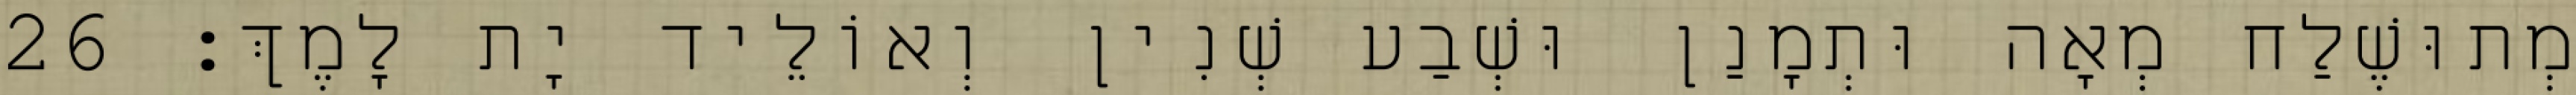
מְתוּשֶׁלַח מְאָה וּתְמָנַן וּשְׁבַע שְׁנִין וְאוֹלֵיד יָת לָמֶךְ׃ 26